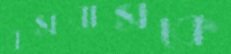
বসবাসকে